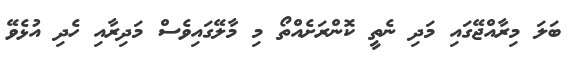
ބަލަ މިރާއްޖޭގައި މަދި ނެތީ ކޮންރަށެއްތޯ މި މާލޭގައިވެސް މަދިރާއި ހެދި އުޅެވޭ